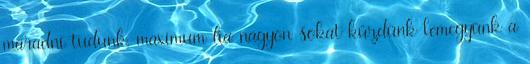
maradni tudunk, maximum ha nagyon sokat küzdünk lemegyünk a